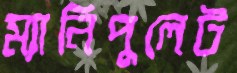
ম্যানিপুলেট